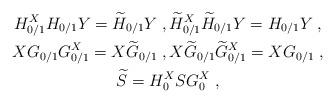
LaTeX: \begin{align*}\begin{gathered}H_{0/1}^X H_{0/1}Y=\widetilde{H}_{0/1}Y\;,\widetilde{H}_{0/1}^X \widetilde{H}_{0/1}Y=H_{0/1}Y\;,\\XG_{0/1}G_{0/1}^X=X\widetilde{G}_{0/1}\;, X\widetilde{G}_{0/1}\widetilde{G}_{0/1}^X=XG_{0/1}\;,\\\widetilde{S} = H_0^XSG_0^X\;,\end{gathered}\end{align*}